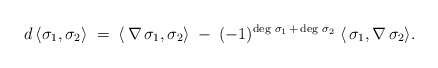
\begin{align*}d \,\langle \sigma_1,\sigma_2\rangle\;=\;\langle\,\nabla\,\sigma_1,\sigma_2\rangle\;-\;(-1)^{\deg\,\sigma_1\,+\,\deg\,\sigma_2}\;\langle\,\sigma_1,\nabla\,\sigma_2\rangle .\end{align*}